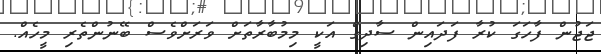
ޖަޖުން ފާހަގަ ކުރާ ފަދައިން ސާދިގް އަކީ މިމުބާރާތަށް ވަރަށްވެސް ބޭނުންތެރި މީހެއް.